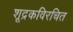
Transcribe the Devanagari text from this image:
शूद्रकविरचित